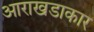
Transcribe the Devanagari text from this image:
आराखडाकार